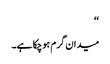
‘‘
میدان گرم ہوچکا ہے۔